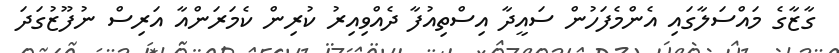
ގާޒާގެ މައްސަލާގައި އެންމެފަހުން ސައީދާ އިސްތިއުފާ ދެއްވިއިރު ކުރިން ކެމަރަންއާ އަރިސް ނުފޫޒުގަދަ